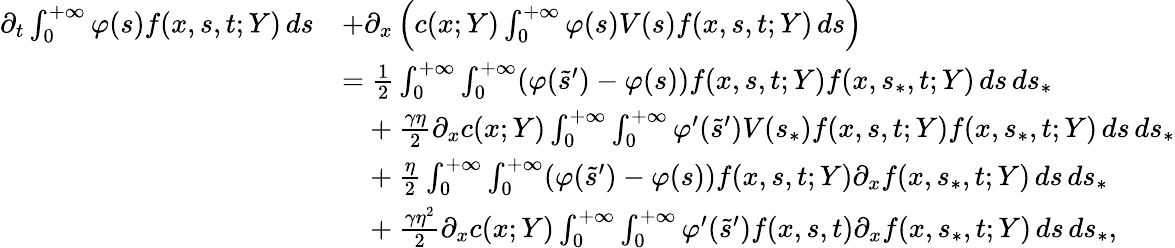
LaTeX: \begin{array}{rl}{\partial_{t}\int_{0}^{+\infty}\varphi(s)f(x,s,t;Y)\, ds}&{+\partial_{x}\left(c(x;Y)\int_{0}^{+\infty}\varphi(s)V(s)f(x,s,t;Y)\, ds\right)}\\ &{=\frac{1}{2}\int_{0}^{+\infty}\int_{0}^{+\infty}(\varphi(\tilde{s}^{\prime})-\varphi(s))f(x,s,t;Y)f(x,s_{\ast},t;Y)\, ds\, ds_{\ast}}\\ &{\phantom{=}+\frac{\gamma\eta}{2}\partial_{x}c(x;Y)\int_{0}^{+\infty}\int_{0}^{+\infty}\varphi^{\prime}(\tilde{s}^{\prime})V(s_{\ast})f(x,s,t;Y)f(x,s_{\ast},t;Y)\, ds\, ds_{\ast}}\\ &{\phantom{=}+\frac{\eta}{2}\int_{0}^{+\infty}\int_{0}^{+\infty}(\varphi(\tilde{s}^{\prime})-\varphi(s))f(x,s,t;Y)\partial_{x}f(x,s_{\ast},t;Y)\, ds\, ds_{\ast}}\\ &{\phantom{=}+\frac{\gamma\eta^{2}}{2}\partial_{x}c(x;Y)\int_{0}^{+\infty}\int_{0}^{+\infty}\varphi^{\prime}(\tilde{s}^{\prime})f(x,s,t)\partial_{x}f(x,s_{\ast},t;Y)\, ds\, ds_{\ast},}\end{array}